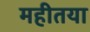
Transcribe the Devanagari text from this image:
महीतया